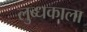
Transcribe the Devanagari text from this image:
लुब्धकाला